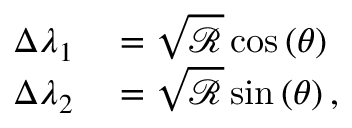
\begin{array} { r l } { \Delta \lambda _ { 1 } } & { { } = \sqrt { \mathcal { R } } \cos \left( \theta \right) } \\ { \Delta \lambda _ { 2 } } & { { } = \sqrt { \mathcal { R } } \sin \left( \theta \right) , } \end{array}